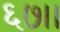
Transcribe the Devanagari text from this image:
६७।।